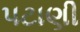
પટાણી